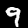
Label: 9